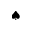
\spadesuit